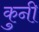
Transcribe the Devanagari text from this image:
कुनी